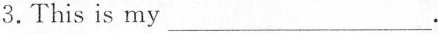
3. This is my ___ .